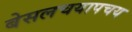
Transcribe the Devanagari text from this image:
बेसलचयापचय